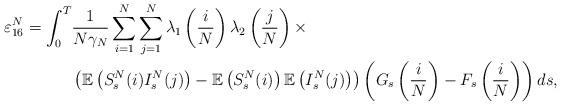
LaTeX: \begin{align*}\varepsilon_{16}^N=\int_0^T&\frac{1}{N\gamma_N}\sum_{i=1}^N\sum_{j=1}^N\lambda_1\left(\frac{i}{N}\right)\lambda_2\left(\frac{j}{N}\right)\times\\&\left(\mathbb{E}\left(S_s^N(i)I_s^N(j)\right)-\mathbb{E}\left(S_s^N(i)\right)\mathbb{E}\left(I_s^N(j)\right)\right)\left(G_s\left(\frac{i}{N}\right)-F_s\left(\frac{i}{N}\right)\right)ds,\end{align*}